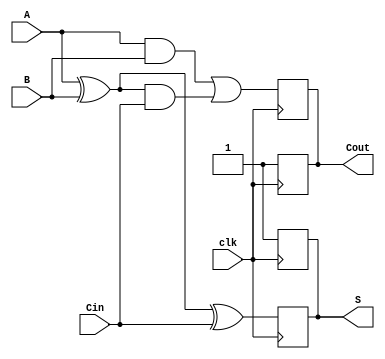
module dynamic_full_adder (
    input wire A,      // First binary input
    input wire B,      // Second binary input
    input wire Cin,    // Carry-in input
    input wire clk,    // Clock signal
    output reg S,      // Sum output
    output reg Cout    // Carry-out output
);

    // Internal wires for intermediate calculations
    wire AxorB;          // A XOR B
    wire AandB;          // A AND B
    wire AxorBandCin;    // (A XOR B) AND Cin

    // Calculate A XOR B
    assign AxorB = A ^ B;

    // Calculate A AND B
    assign AandB = A & B;

    // Calculate (A XOR B) AND Cin
    assign AxorBandCin = AxorB & Cin;

    // Sequential logic controlled by clock
    always @(posedge clk) begin
        // Precharge phase (not explicitly shown in Verilog)
        // Assume S and Cout are precharged to 1 (logic high)
        S <= 1'b1;       // Precharge S
        Cout <= 1'b1;    // Precharge Cout
    end

    always @(posedge clk) begin
        // Evaluation phase
        S <= AxorB ^ Cin; // S = A XOR B XOR Cin
        Cout <= AandB | AxorBandCin; // Cout = (A AND B) OR ((A XOR B) AND Cin)
    end

endmodule